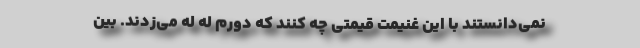
نمی‌دانستند با این غنیمت قیمتی چه کنند که دورم له له می‌زدند. بین